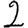
Digit: 2